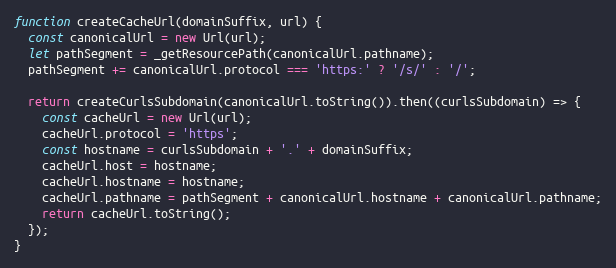
Language: JavaScript
function createCacheUrl(domainSuffix, url) {
  const canonicalUrl = new Url(url);
  let pathSegment = _getResourcePath(canonicalUrl.pathname);
  pathSegment += canonicalUrl.protocol === 'https:' ? '/s/' : '/';

  return createCurlsSubdomain(canonicalUrl.toString()).then((curlsSubdomain) => {
    const cacheUrl = new Url(url);
    cacheUrl.protocol = 'https';
    const hostname = curlsSubdomain + '.' + domainSuffix;
    cacheUrl.host = hostname;
    cacheUrl.hostname = hostname;
    cacheUrl.pathname = pathSegment + canonicalUrl.hostname + canonicalUrl.pathname;
    return cacheUrl.toString();
  });
}